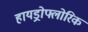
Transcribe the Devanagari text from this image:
हायड्रोफ्लोरिक